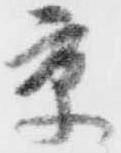
京